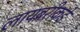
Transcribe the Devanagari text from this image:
लायब्ररीकडे